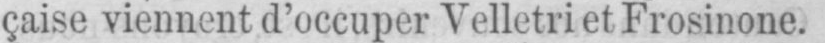
çaise viennent d’occuper Velletri et Frosinone.